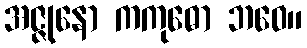
အဇ္ဇုနော ကကုဓော ဘဝေ။